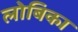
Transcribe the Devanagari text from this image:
लोबिका